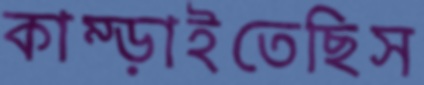
কাম্‌ড়াইতেছিস